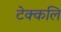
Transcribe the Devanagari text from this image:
टेक्कलि